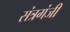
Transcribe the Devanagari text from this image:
संत्रगंजी